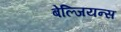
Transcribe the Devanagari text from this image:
बेल्जियन्स